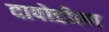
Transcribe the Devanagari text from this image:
दापोडीला